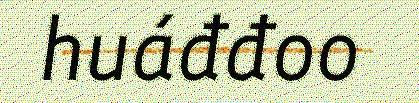
huáđđoo